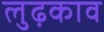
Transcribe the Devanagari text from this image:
लुढ़काव